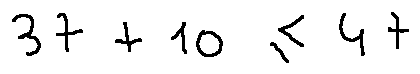
3 7 + 1 0 \leq 4 7